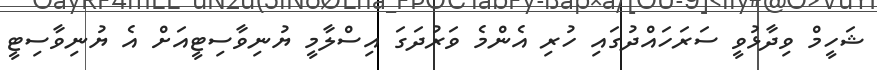
ޝަހީމް ވިދާޅުވީ ސަރަހައްދުގައި ހުރި އެންމެ ވަރުދަގަ އިސްލާމީ ޔުނިވާސިޓީއަށް އެ ޔުނިވާސިޓީ